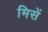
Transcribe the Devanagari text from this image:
मिसें